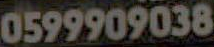
0599909038